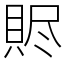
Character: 䝲